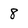
Character: 8